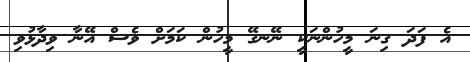
އެ ފަދަ ގިނަ މީހުންނަކީ ނޭނގޭ މީހުން ކަމަށް ވެސް އޭނާ ވިދާޅުވި